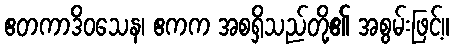
ဧတကာဒိဝသေန၊ ဧကက အစရှိသည်တို့၏ အစွမ်းဖြင့်။